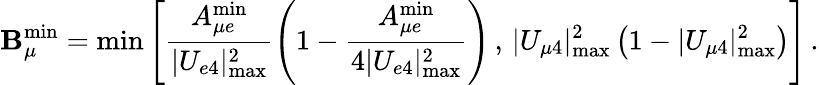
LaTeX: \mathbf{B}_{\mu}^{\mathrm{{min}}}=\operatorname*{min}\left[\frac{{A_{{\mu}e}^{\mathrm{{min}}}}}{{|U_{e4}|_{\mathrm{{max}}}^{2}}}\left(1-\frac{{A_{{\mu}e}^{\mathrm{{min}}}}}{{4|U_{e4}|_{\mathrm{{max}}}^{2}}}\right)\, ,\, |U_{\mu4}|_{\mathrm{{max}}}^{2}\left(1-|U_{\mu4}|_{\mathrm{{max}}}^{2}\right)\right]\, .